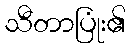
သီတာပြုံး၏